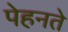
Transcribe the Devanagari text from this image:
पेहनते